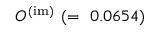
{ \cal O } ^ { ( \mathrm { i m ) } } ~ ( = ~ 0 . 0 6 5 4 )